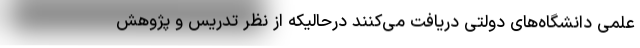
علمی دانشگاه‌های دولتی دریافت می‌کنند درحالیکه از نظر تدریس و پژوهش